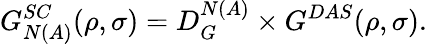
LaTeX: G_{N(A)}^{SC}(\rho,\sigma)=D_{G}^{N(A)}\times G^{DAS}(\rho,\sigma).